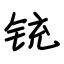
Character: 铳